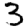
Digit: 3